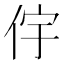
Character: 𫢝